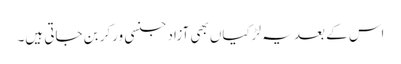
اس کے بعد یہ لڑکیاں بھی آزاد جنسی ورکر بن جاتی ہیں۔